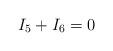
LaTeX: \begin{align*}I_5+I_6 = 0\end{align*}